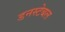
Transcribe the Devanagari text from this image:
डनस्टेबल